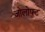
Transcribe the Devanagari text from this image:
जोलोफ्ट